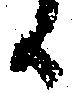
候